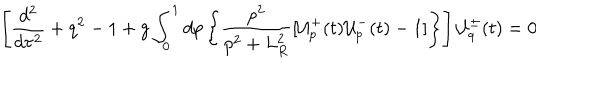
LaTeX: \left[ \frac { d ^ { 2 } } { d \tau ^ { 2 } } + q ^ { 2 } - 1 + g \int _ { 0 } ^ { 1 } d p \left\{ \frac { p ^ { 2 } } { p ^ { 2 } + L _ { R } ^ { 2 } } [ { \cal { U } } _ { p } ^ { + } ( t ) { \cal { U } } _ { p } ^ { - } ( t ) - 1 ] \right\} \right] { \cal { U } } _ { q } ^ { \pm } ( t ) = 0